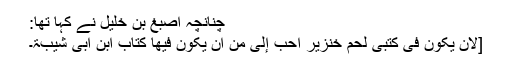
چنانچہ اصبغ بن خلیل نے کہا تھا:
[لَاَنْ یَّکُوْنَ فِی کُتُبِی لَحْمُ خِنْزِیْرٍ اَحَبُّ إِلَیَّ مِنْ اَنْ یَّکُونَ فِیْھَا کِتَابُ ابْنِ اَبِی شَیْبَۃَ۔